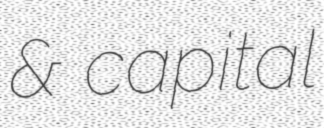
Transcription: & capital